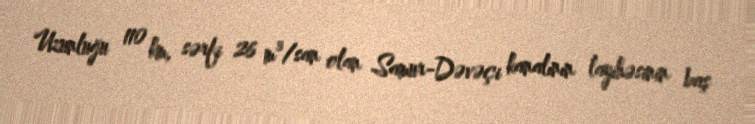
Uzunluğu 110 km, sərfi 26 m³/san olan Samur-Dəvəçi kanalının layihəsinin baş